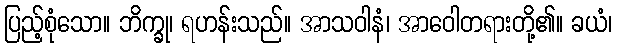
ပြည့်စုံသော။ ဘိက္ခု၊ ရဟန်းသည်။ အာသဝါနံ၊ အာဝေါတရားတို့၏။ ခယံ၊